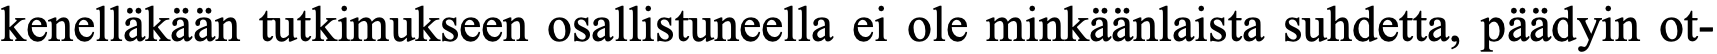
kenelläkään tutkimukseen osallistuneella ei ole minkäänlaista suhdetta, päädyin ot-